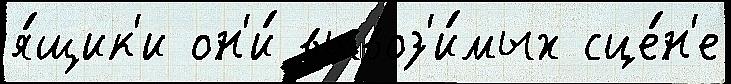
я́щик'и он'и́ вывоз'и́мых сце́н'е